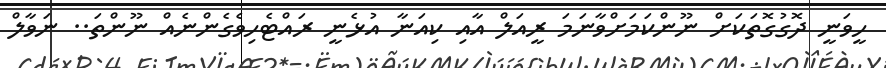
ހީވަނީ ދޮގުގޮތަކަށް ނޫންކަމަށްވާނަމަ ރީއަލް އާއި ކިއަނާ އުޅެނީ ރައްޓެހިވެގެންނެއް ނޫންތަ.. ނަވާލް